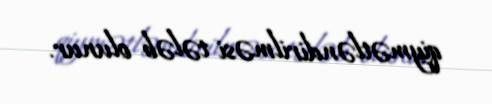
qiymətləndirilməsi tələb olunur.